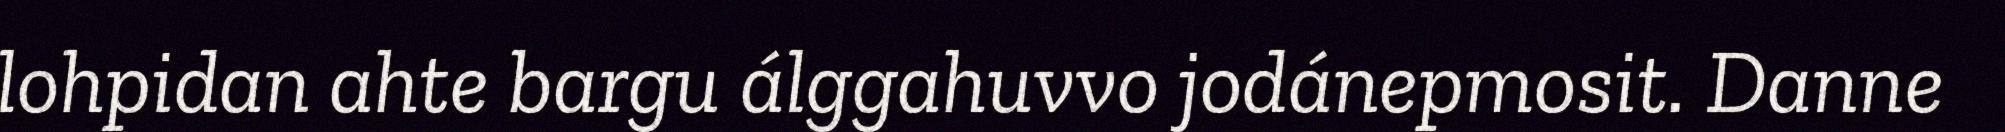
lohpidan ahte bargu álggahuvvo jodánepmosit. Danne